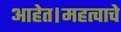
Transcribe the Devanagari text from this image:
आहेत।महत्वाचे